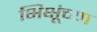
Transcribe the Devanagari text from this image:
भिक्षूंच्या